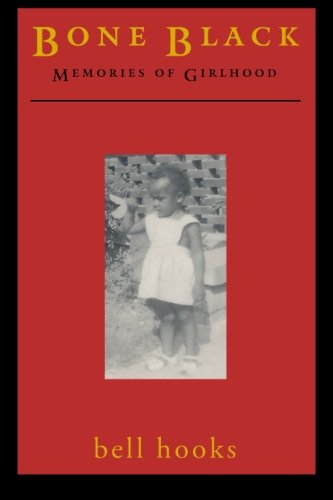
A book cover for Bone Black: Memories of Girlhood; bell hooks; Literature & Fiction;